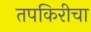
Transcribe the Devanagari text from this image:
तपकिरीचा